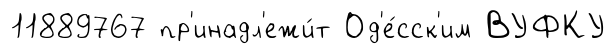
11889767 пр'инадл'ежи́т Од'е́сск'им ВУФКУ